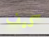
كيف